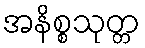
အနိစ္စသုတ္တ